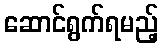
ဆောင်ရွက်ရမည့်